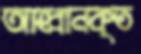
আহ্বানকৃত